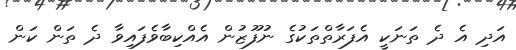
އަދި އެ ދެ ތަނަކީ އެފަރާތްތަކުގެ ނުފޫޒުން އެއްކިބާވެފައިވާ ދެ ތަން ކަން